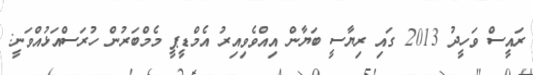
ރައީސް ވަހީދު 2013 ގައި ރިޔާސީ ބަޔާން އިއްވެވިއިރު އެމްޑީޕީ މެމްބަރުން ހުރަސްއަޅުއްވަނީ: